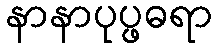
နာနာပုပ္ဖဓရာ